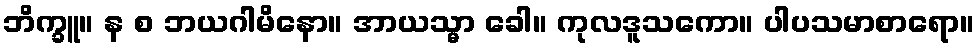
ဘိက္ခူ။ န စ ဘယဂါမိနော။ အာယသ္မာ ခေါ။ ကုလဒူသကော။ ပါပသမာစာရော။